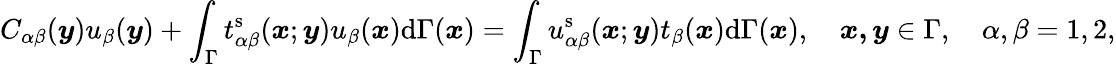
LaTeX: C_{\alpha\beta}(\boldsymbol{y})u_{\beta}(\boldsymbol{y})+\int_{\Gamma}t_{\alpha\beta}^{\mathrm{s}}(\boldsymbol{x};\boldsymbol{y})u_{\beta}(\boldsymbol{x})\mathrm{d}\Gamma(\boldsymbol{x})=\int_{\Gamma}u_{\alpha\beta}^{\mathrm{s}}(\boldsymbol{x};\boldsymbol{y})t_{\beta}(\boldsymbol{x})\mathrm{d}\Gamma(\boldsymbol{x}),\quad\boldsymbol{x,y}\in\Gamma,\quad\alpha,\beta=1,2,